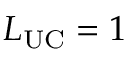
L _ { \mathrm { U C } } = 1